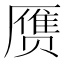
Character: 赝